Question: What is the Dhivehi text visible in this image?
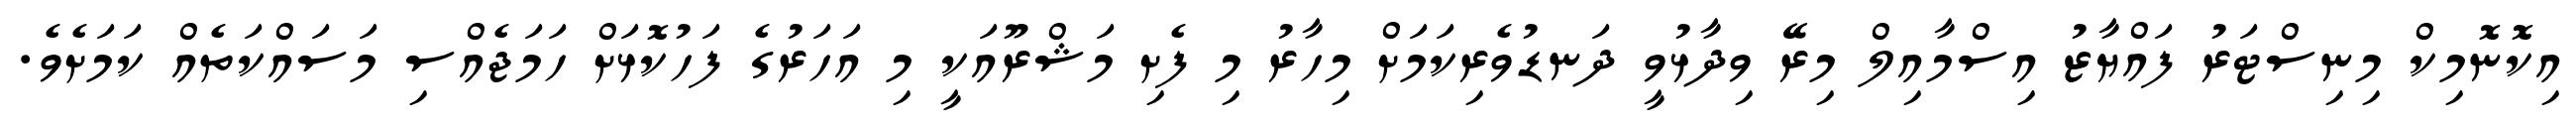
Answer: އިކޮނޮމިކް މިނިސްޓަރު ފައްޔާޒު އިސްމާއިލް މިރޭ ވިދާޅުވީ ދަނޑުވެރިކަމަށް މިހާރު މި ފެށި މަޝްރޫއަކީ މި އަހަރުގެ ފަހުކޮޅަށް ހަމަޖެއްސި މަސައްކަތެއް ކަމަށެވެ.